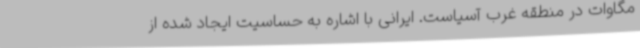
مگاوات در منطقه غرب آسیاست. ایرانی با اشاره به حساسیت ایجاد شده از